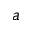
a